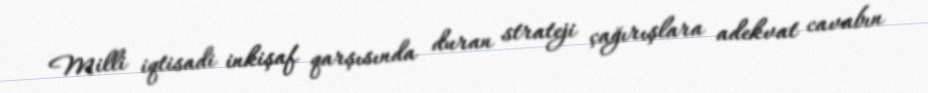
Milli iqtisadi inkişaf qarşısında duran strateji çağırışlara adekvat cavabın